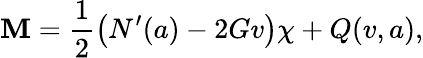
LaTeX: \mathbf{M}=\frac{{1}}{{2}}\left(N^{\prime}(a)-2Gv\right)\chi+Q(v,a),